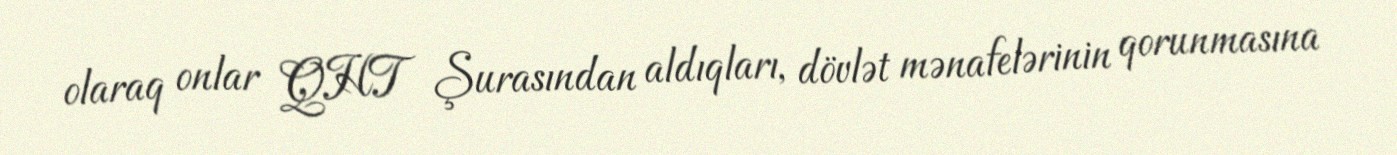
olaraq onlar QHT Şurasından aldıqları, dövlət mənafelərinin qorunmasına